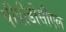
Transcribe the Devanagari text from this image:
पीपीडीसीएल